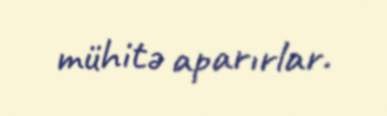
mühitə aparırlar.